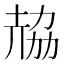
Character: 𠢂